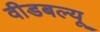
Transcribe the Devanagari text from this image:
वीडबल्यू